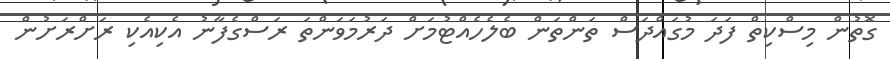
ގޮތުން މިސްކިތް ފަދަ މުގައްދަސް ތަންތަން ބެލެހެއްޓުމަށް ދަރުމަވަންތަ ރަސްގެފާނު އެކިއެކި ރަށްރަށުން